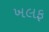
ખલફ